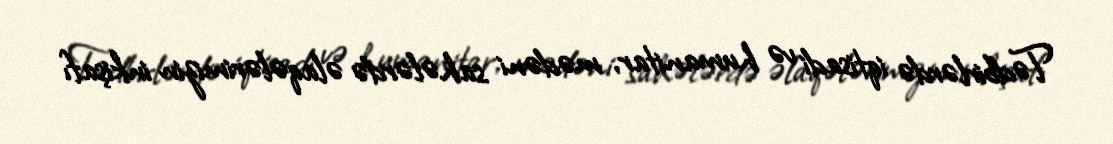
Tədbirlərdə iqtisadi və humanitar, mədəni sahələrdə əlaqələrimizin inkişafı